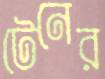
টেনের